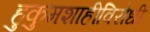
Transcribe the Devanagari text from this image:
हुकुमशाहीविरोधी